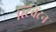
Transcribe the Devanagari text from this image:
स्टिवेंटन